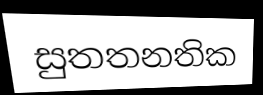
සුතතනතික